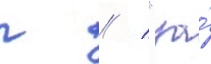
г // / "за́